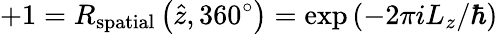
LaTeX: +1=R_{\mathrm{spatial}}\left({\hat{z}},360^{\circ}\right)=\exp\left(-2\pi iL_{z}/\hbar\right)